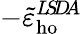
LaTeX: -\tilde{\varepsilon}_{\mathrm{ho}}^{L\! S\! D\! A}